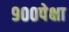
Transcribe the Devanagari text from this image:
९००पेक्षा